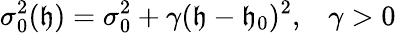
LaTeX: \sigma_{0}^{2}(\mathfrak{h})=\sigma_{0}^{2}+\gamma(\mathfrak{h}-\mathfrak{h}_{0})^{2},\; \; \; \gamma>0